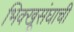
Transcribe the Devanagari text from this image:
भिक्खूसंघाची